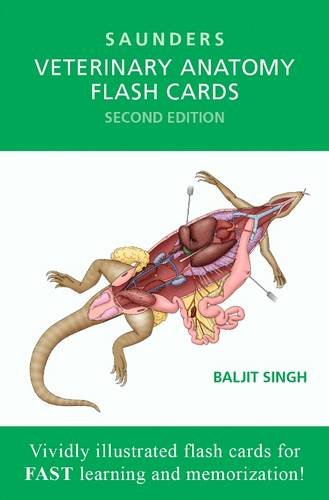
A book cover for Veterinary Anatomy Flash Cards, 2e; SAUNDERS; Medical Books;